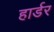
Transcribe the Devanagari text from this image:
हार्डर